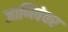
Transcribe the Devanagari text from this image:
जाणिवेवर